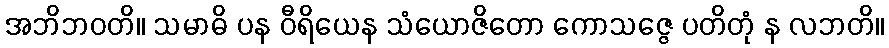
အဘိဘဝတိ။ သမာဓိ ပန ဝီရိယေန သံယောဇိတော ကောသဇ္ဇေ ပတိတုံ န လဘတိ။